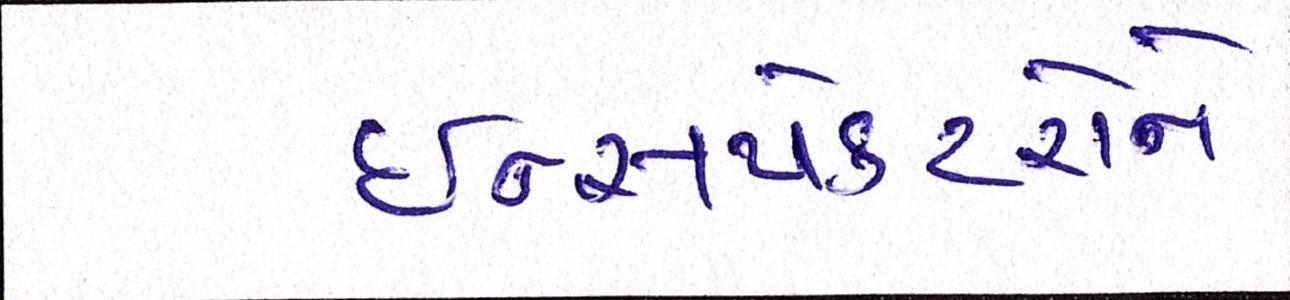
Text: ઈન્સપેકટરોને